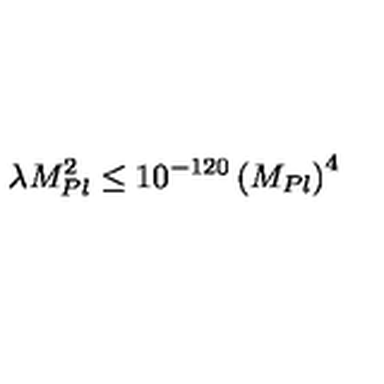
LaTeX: \lambda M _ { P l } ^ { 2 } \leq 1 0 ^ { - 1 2 0 } \left( M _ { P l } \right) ^ { 4 }